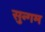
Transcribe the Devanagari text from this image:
सुन्गम